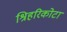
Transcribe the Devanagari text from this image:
श्रिहरिकोटा